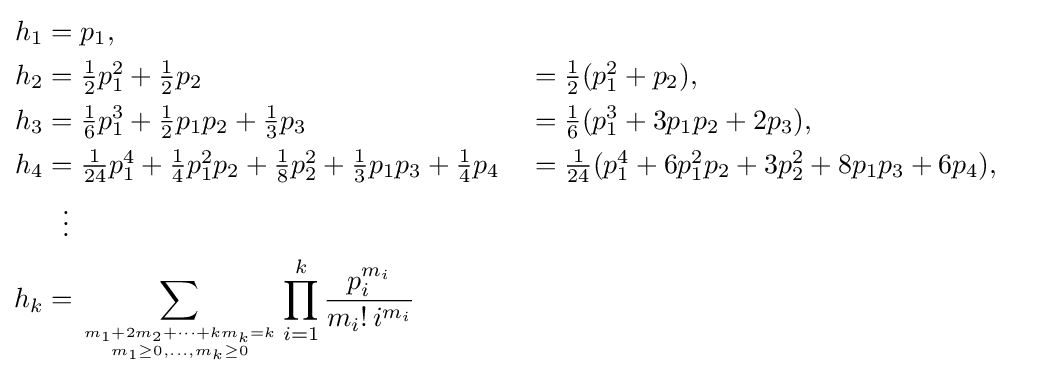
{\begin{aligned}h_{1}&=p_{1},\\h_{2}&=\textstyle {\frac {1}{2}}p_{1}^{2}+{\frac {1}{2}}p_{2}&&=\textstyle {\frac {1}{2}}(p_{1}^{2}+p_{2}),\\h_{3}&=\textstyle {\frac {1}{6}}p_{1}^{3}+{\frac {1}{2}}p_{1}p_{2}+{\frac {1}{3}}p_{3}&&=\textstyle {\frac {1}{6}}(p_{1}^{3}+3p_{1}p_{2}+2p_{3}),\\h_{4}&=\textstyle {\frac {1}{24}}p_{1}^{4}+{\frac {1}{4}}p_{1}^{2}p_{2}+{\frac {1}{8}}p_{2}^{2}+{\frac {1}{3}}p_{1}p_{3}+{\frac {1}{4}}p_{4}&&=\textstyle {\frac {1}{24}}(p_{1}^{4}+6p_{1}^{2}p_{2}+3p_{2}^{2}+8p_{1}p_{3}+6p_{4}),\\&~~\vdots \\h_{k}&=\sum _{m_{1}+2m_{2}+\cdots +km_{k}=k \atop m_{1}\geq 0,\ldots ,m_{k}\geq 0}\prod _{i=1}^{k}{\frac {p_{i}^{m_{i}}}{m_{i}!\,i^{m_{i}}}}\end{aligned}}